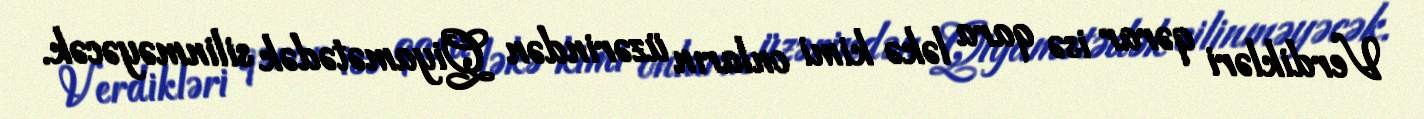
Verdikləri qərar isə qara ləkə kimi onların üzərindən Qiyamətədək silinməyəcək.